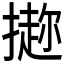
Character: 𪮭